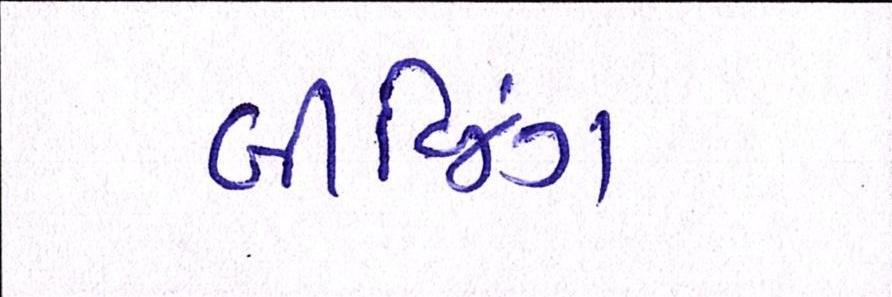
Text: બીજિંગ